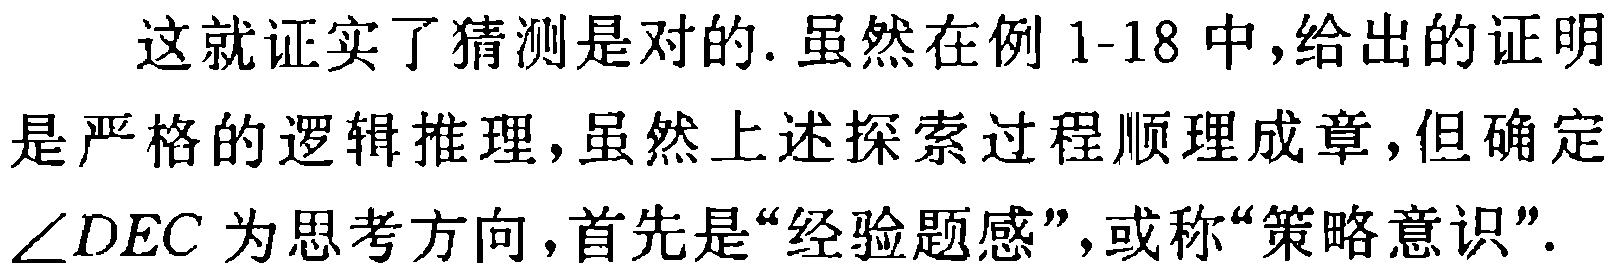
这就证实了猜测是对的. 虽然在例 1-18 中,给出的证明是严格的逻辑推理,虽然上述探索过程顺理成章,但确定$\angle DEC$ 为思考方向,首先是“经验题感”,或称“策略意识”.